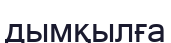
дымқылға